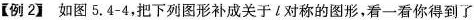
【例2】如图 5. 4 - 4，把下列图形补成关于 l 对称的图形，看一看你得到了